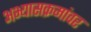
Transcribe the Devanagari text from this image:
अभ्यासक्रमांवर